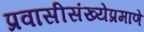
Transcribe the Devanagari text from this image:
प्रवासीसंख्येप्रमाणे